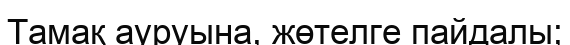
Тамақ ауруына, жөтелге пайдалы;